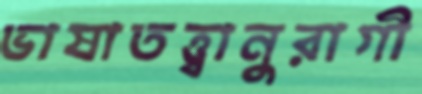
ভাষাতত্ত্বানুরাগী